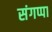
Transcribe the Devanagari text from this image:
संगप्पा